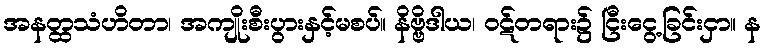
အနတ္ထသံဟိတာ၊ အကျိုးစီးပွားနှင့်မစပ်။ နိဗ္ဗိဒါယ၊ ဝဋ်တရား၌ ငြီးငွေ့ခြင်းငှာ။ န